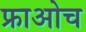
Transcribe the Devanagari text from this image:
फ्राओच